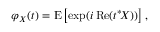
\varphi _ { X } ( t ) = \operatorname { E } \left[ \exp ( i \operatorname { R e } ( t ^ { * } \! X ) ) \right] ,